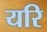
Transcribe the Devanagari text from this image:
यरि